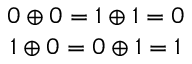
\begin{array} { c c } { 0 \oplus 0 = 1 \oplus 1 = 0 } \\ { 1 \oplus 0 = 0 \oplus 1 = 1 } \end{array}